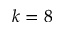
k = 8